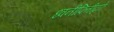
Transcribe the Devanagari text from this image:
ध्वनीफितीद्वारे